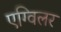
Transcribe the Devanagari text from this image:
एग्विलर